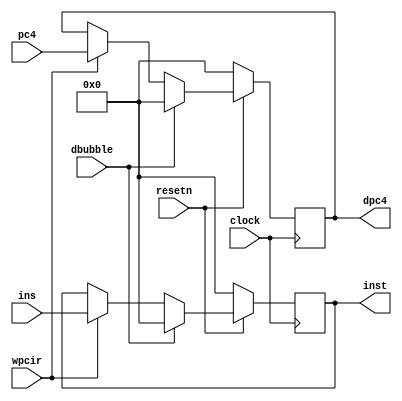
module pipeir(pc4,ins,wpcir,clock,resetn,dpc4,inst,dbubble); // IF/ID 
	//IF/ID  IF  ID 
	// clock  IF  ID  IF/ID 
	// ID 
	input [31:0] pc4,ins;
	input dbubble;
	input wpcir,clock,resetn;
	output reg [31:0] dpc4,inst;
		
	always @(posedge clock)
	begin
		if(~resetn)
			begin
				dpc4 <= 0;
				inst <= 0; //
			end
		else
		begin 
			if(wpcir)  //lwaddwpcir=0iridadd
				begin
				dpc4 <= pc4; //
				inst <= ins;
				end	
			if(dbubble) //IR
				begin
				dpc4 <= 0;
				inst <= 0;
				end
		end
		
	end
	
endmodule